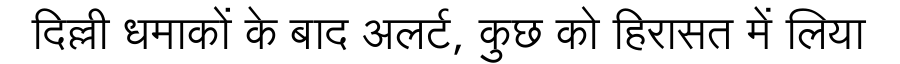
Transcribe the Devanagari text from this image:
दिल्ली धमाकों के बाद अलर्ट, कुछ को हिरासत में लिया